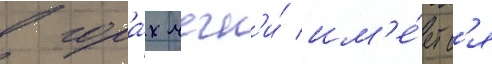
в гора́х чечн'и́ им'е́етс'я